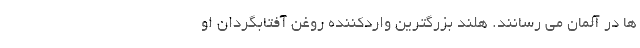
ها در آلمان می رسانند. هلند بزرگترین واردکننده روغن آفتابگردان او